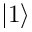
| 1 \rangle